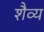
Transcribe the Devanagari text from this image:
शैव्य